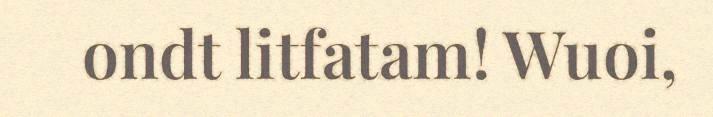
ondt litfatam! Wuoi,